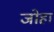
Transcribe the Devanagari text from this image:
जोहा